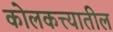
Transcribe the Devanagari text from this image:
कोलकत्त्यातील